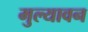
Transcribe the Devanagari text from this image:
मुल्यावन